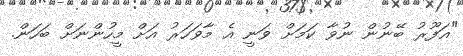
"ޣަފޫރު ބޭނުން ނުވާ ކަމަށް ވަނީ އެ މާވަހަރު އަށް މީހުންނަށް ބަހަން.